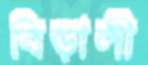
বিড়ালী